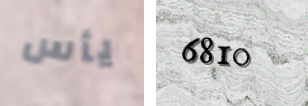
يأس 6810